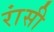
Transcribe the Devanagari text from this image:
रांसी